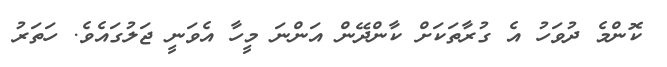
ކޮންމެ ދުވަހު އެ ގުރާތަކަށް ކާންދޭން އަންނަ މީހާ އެވަނީ ޖަލުގައެވެ. ހަތަރު